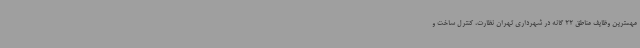
مهمترین وظایف مناطق 22 گانه در شهرداری تهران نظارت، کنترل ساخت و